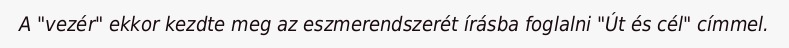
A "vezér" ekkor kezdte meg az eszmerendszerét írásba foglalni "Út és cél" címmel.